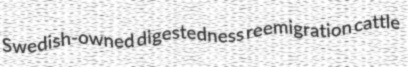
Swedish-owned digestedness reemigration cattle